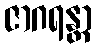
ဇာဂရန္တာ